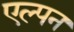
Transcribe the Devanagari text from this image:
एल्पन